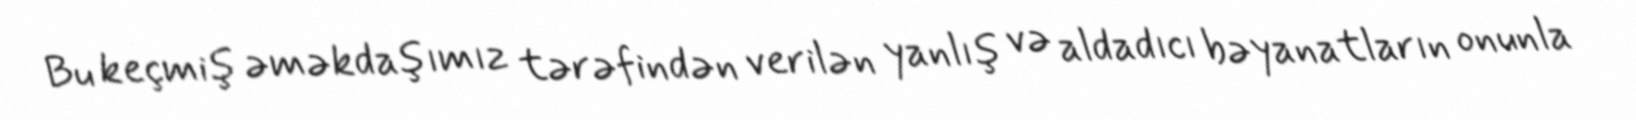
Bu keçmiş əməkdaşımız tərəfindən verilən yanlış və aldadıcı bəyanatların onunla